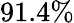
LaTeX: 91.4\%